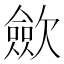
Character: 歛